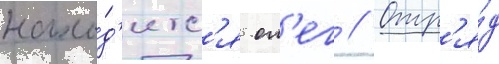
нахо́д'итс'я ол'ег // Отр'я́д